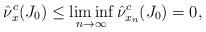
LaTeX: \begin{align*}\hat{\nu}^c_x(J_0)\leq\liminf_{n\to\infty}\hat{\nu}^c_{x_n}(J_0)=0,\end{align*}